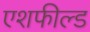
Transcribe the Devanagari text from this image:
एशफील्ड